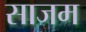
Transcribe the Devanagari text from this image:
साजम